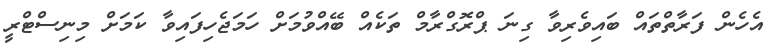
އެހެން ފަރާތްތައް ބައިވެރިވާ ގިނަ ޕްރޮގްރާމް ތަކެއް ބޭއްވުމަށް ހަމަޖެހިފައިވާ ކަމަށް މިނިސްޓްރީ